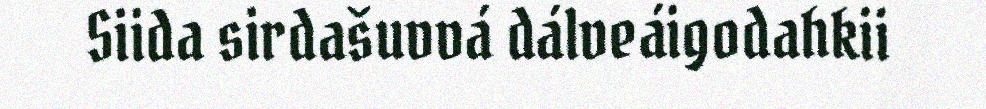
Siida sirdašuvvá dálveáigodahkii